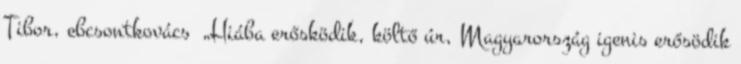
Tibor, ebcsontkovács „Hiába erősködik, költő úr, Magyarország igenis erősödik